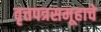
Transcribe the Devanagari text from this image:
वृत्तपत्रसमूहाचे